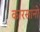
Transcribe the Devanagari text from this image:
कारसानो